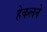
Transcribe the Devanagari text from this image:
हेकलने